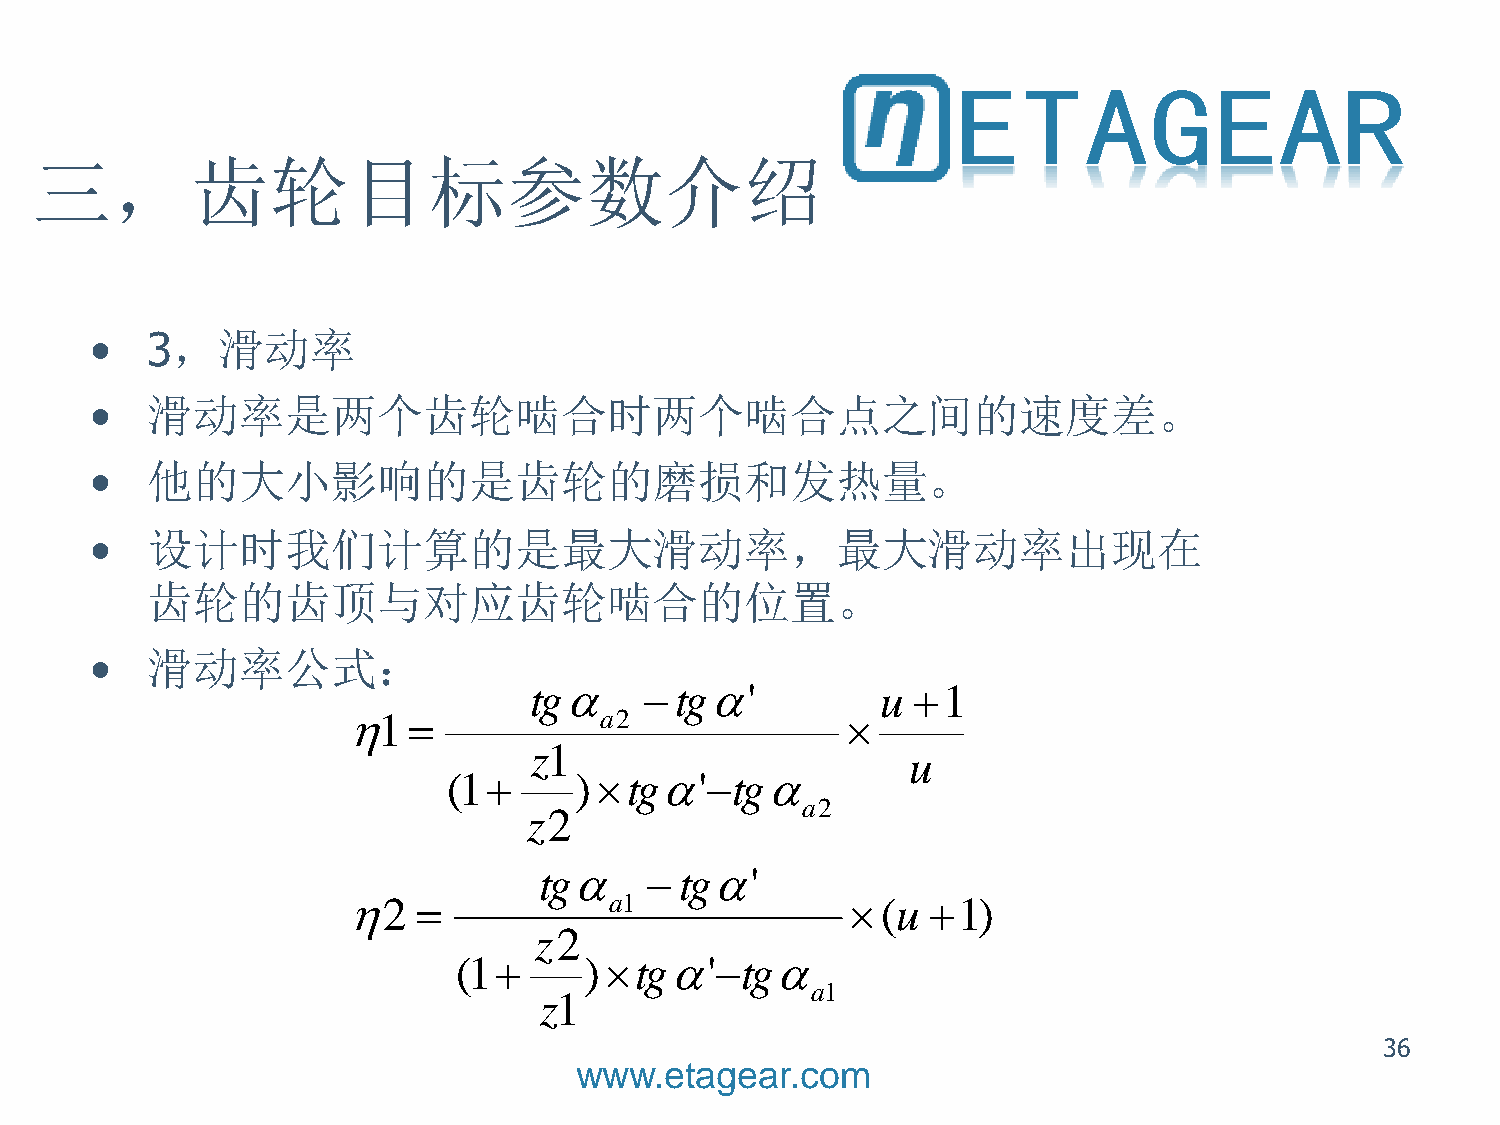
三，齿轮目标参数介绍
 •   3，滑动率
 •   滑动率是两个齿轮啮合时两个啮合点之间的速度差。
 •   他的大小影响的是齿轮的磨损和发热量。
 •   设计时我们计算的是最大滑动率，最大滑动率出现在
 齿轮的齿顶与对应齿轮啮合的位置。
 •   滑动率公式：
 tg     tg'          u 1
 1              a2              
 z1
 u
 (1     )tg'tg
 a2
 z2
 tg    tg'
 2              a1              (u   1)
 z2
 (1      )tg'tg
 a1
 z1
 36
 www.etagear.com